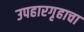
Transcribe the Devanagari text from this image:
उपहारगृहाचा